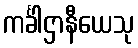
ကင်္ခါဌာနီယေသု